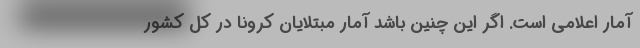
آمار اعلامی است. اگر این چنین باشد آمار مبتلایان کرونا در کل کشور